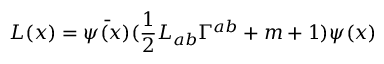
L ( x ) = \bar { \psi ( x ) } ( \frac { 1 } { 2 } L _ { a b } \Gamma ^ { a b } + m + 1 ) \psi ( x )